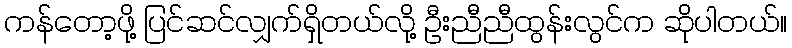
ကန်တော့ဖို့ ပြင်ဆင်လျှက်ရှိတယ်လို့ ဦးညီညီထွန်းလွင်က ဆိုပါတယ်။